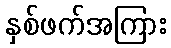
နှစ်ဖက်အကြား